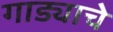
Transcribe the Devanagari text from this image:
गाड्याचे